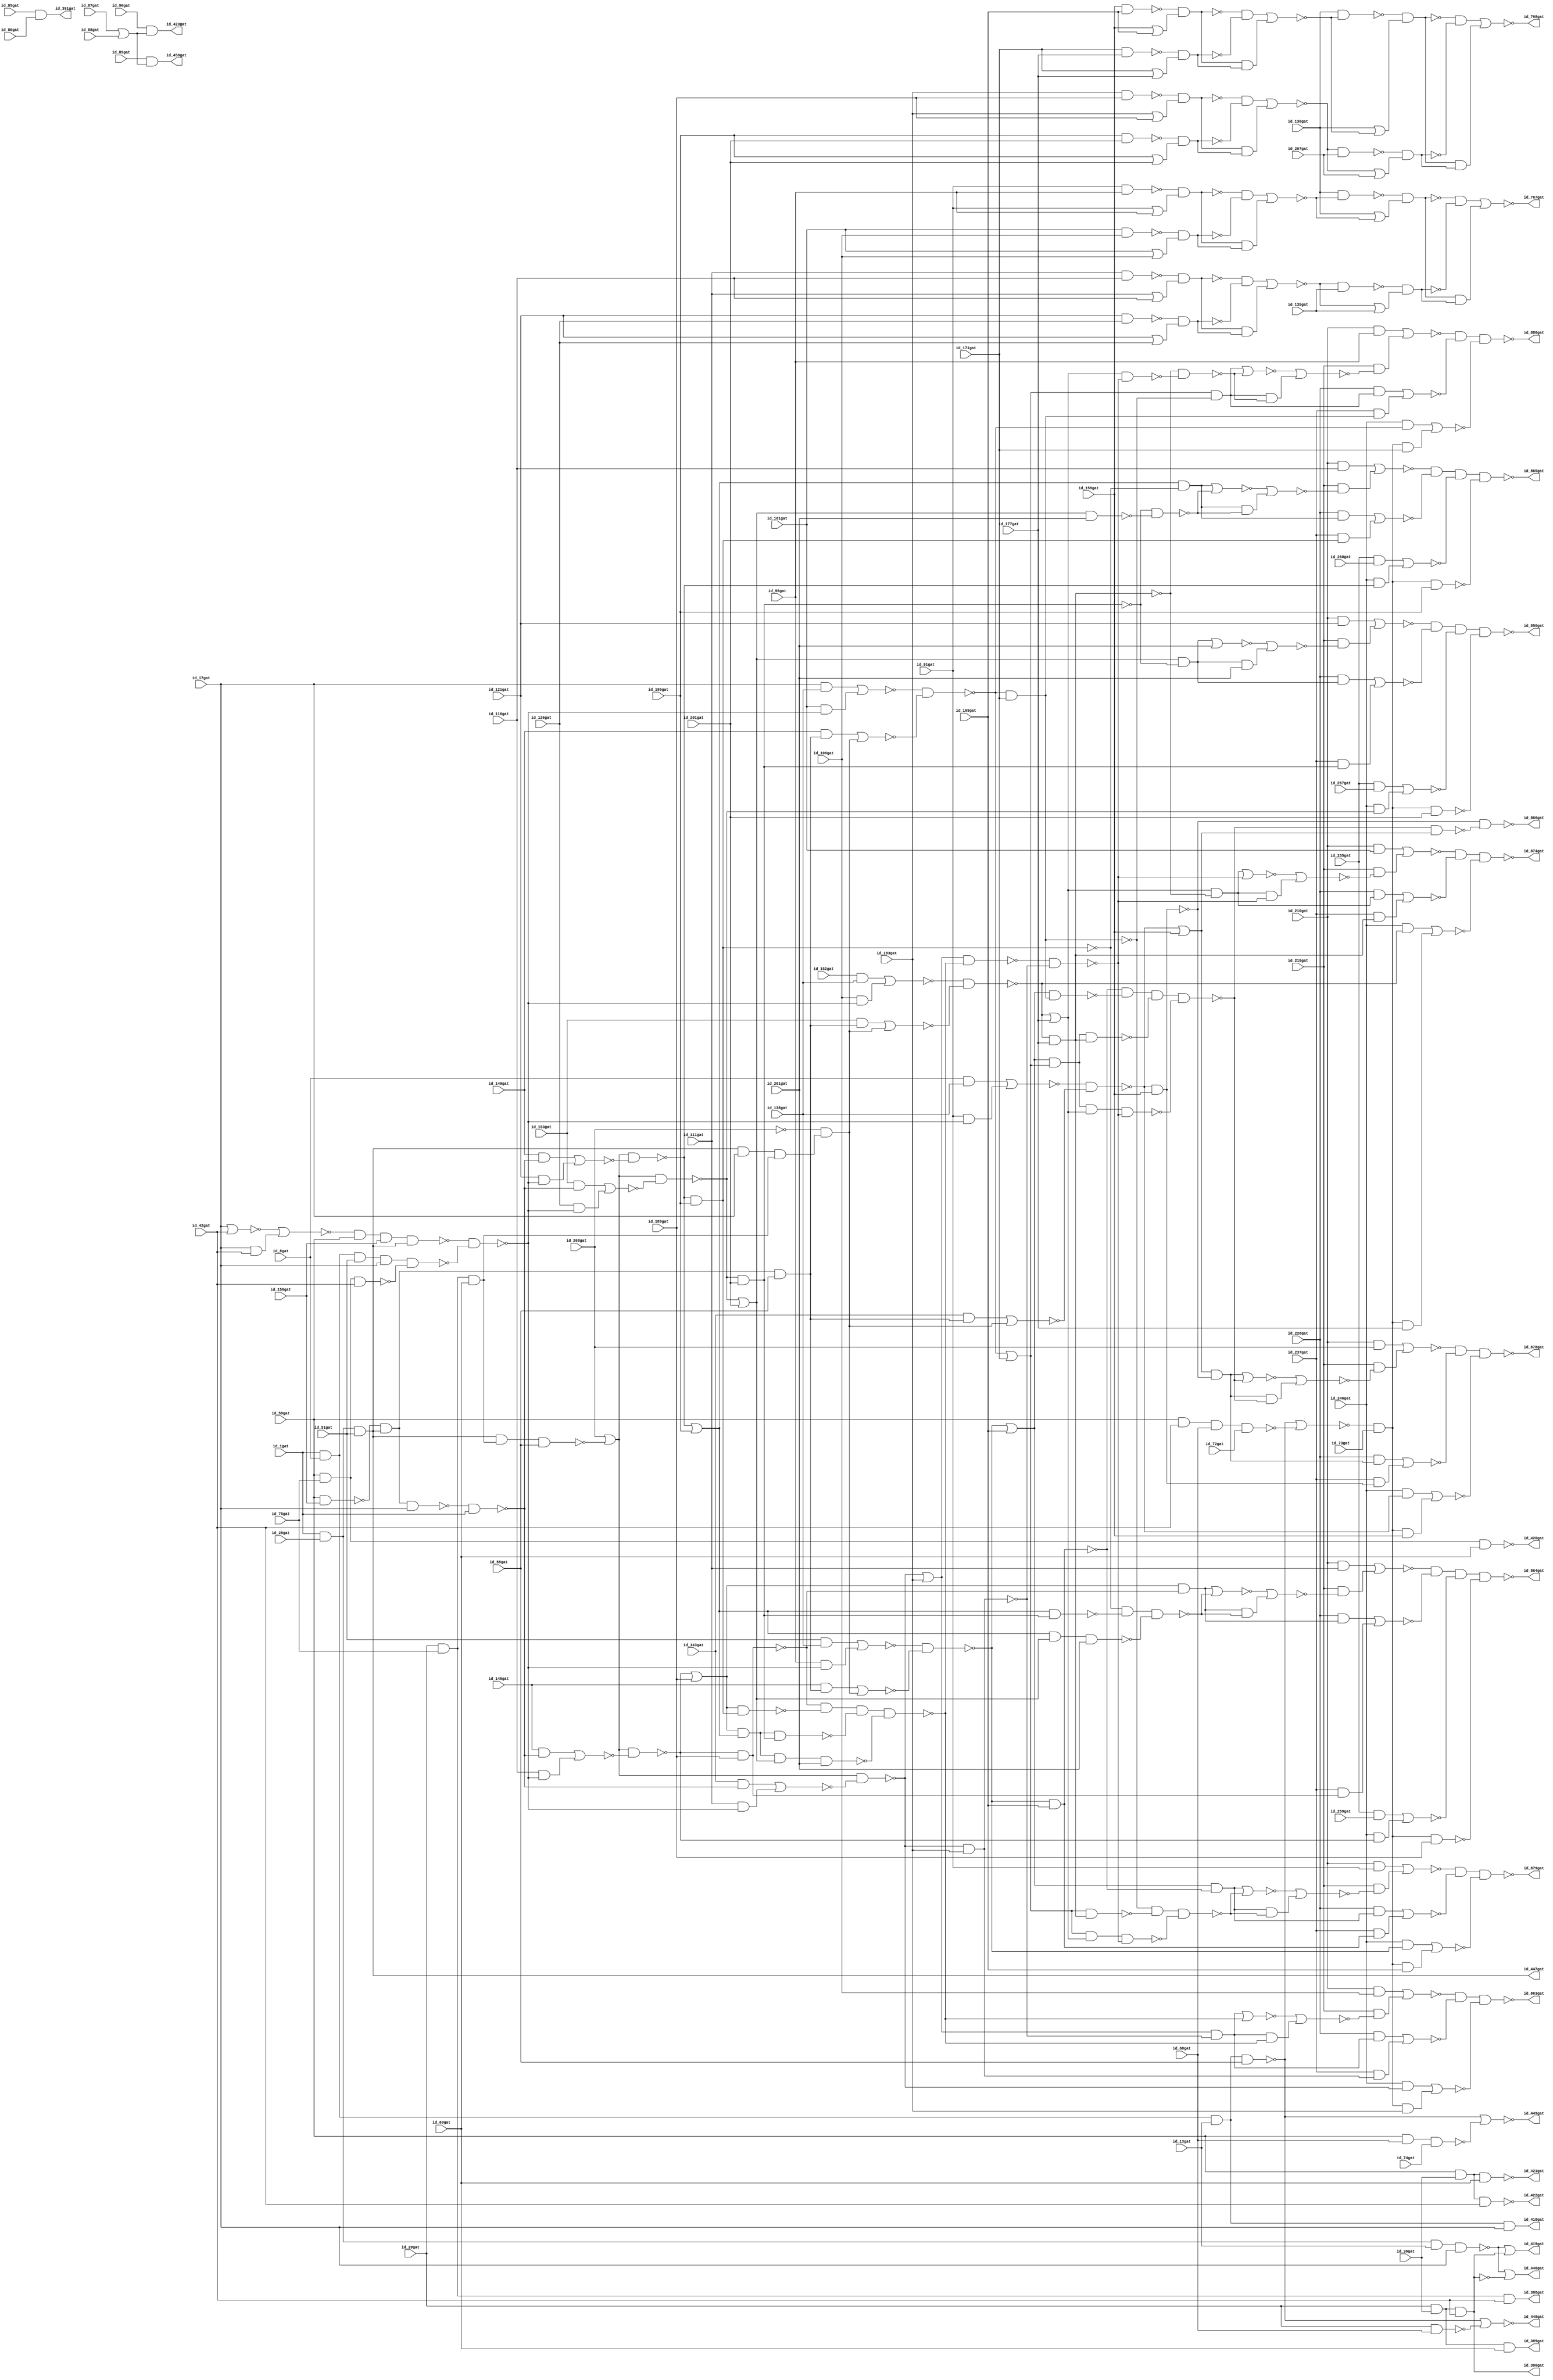
module c880nr 
( id_1gat, id_8gat, id_13gat, id_17gat, id_26gat, id_29gat, id_36gat, id_42gat, id_51gat, id_55gat, id_59gat, id_68gat, id_72gat, id_73gat, id_74gat, id_75gat, id_80gat, id_85gat, id_86gat, id_87gat, id_88gat, id_89gat, id_90gat, id_91gat, id_96gat, id_101gat, id_106gat, id_111gat, id_116gat, id_121gat, id_126gat, id_130gat, id_135gat, id_138gat, id_143gat, id_146gat, id_149gat, id_152gat, id_153gat, id_156gat, id_159gat, id_165gat, id_171gat, id_177gat, id_183gat, id_189gat, id_195gat, id_201gat, id_207gat, id_210gat, id_219gat, id_228gat, id_237gat, id_246gat, id_255gat, id_259gat, id_260gat, id_261gat, id_267gat, id_268gat,
id_388gat, id_389gat, id_390gat, id_391gat, id_418gat, id_419gat, id_420gat, id_421gat, id_422gat, id_423gat, id_446gat, id_447gat, id_448gat, id_449gat, id_450gat, id_767gat, id_768gat, id_850gat, id_863gat, id_864gat, id_865gat, id_866gat, id_874gat, id_878gat, id_879gat, id_880gat
 );

input id_1gat, id_8gat, id_13gat, id_17gat, id_26gat, id_29gat, id_36gat, id_42gat, id_51gat, id_55gat, id_59gat, id_68gat, id_72gat, id_73gat, id_74gat, id_75gat, id_80gat, id_85gat, id_86gat, id_87gat, id_88gat, id_89gat, id_90gat, id_91gat, id_96gat, id_101gat, id_106gat, id_111gat, id_116gat, id_121gat, id_126gat, id_130gat, id_135gat, id_138gat, id_143gat, id_146gat, id_149gat, id_152gat, id_153gat, id_156gat, id_159gat, id_165gat, id_171gat, id_177gat, id_183gat, id_189gat, id_195gat, id_201gat, id_207gat, id_210gat, id_219gat, id_228gat, id_237gat, id_246gat, id_255gat, id_259gat, id_260gat, id_261gat, id_267gat, id_268gat;

output id_388gat, id_389gat, id_390gat, id_391gat, id_418gat, id_419gat, id_420gat, id_421gat, id_422gat, id_423gat, id_446gat, id_447gat, id_448gat, id_449gat, id_450gat, id_767gat, id_768gat, id_850gat, id_863gat, id_864gat, id_865gat, id_866gat, id_874gat, id_878gat, id_879gat, id_880gat;

nand( id_269gat, id_1gat, id_8gat, id_13gat, id_17gat) ;
nand( id_270gat, id_1gat, id_26gat, id_13gat, id_17gat) ;
and( id_273gat, id_29gat, id_36gat, id_42gat) ;
and( id_276gat, id_1gat, id_26gat, id_51gat) ;
nand( id_279gat, id_1gat, id_8gat, id_51gat, id_17gat) ;
nand( id_280gat, id_1gat, id_8gat, id_13gat, id_55gat) ;
nand( id_284gat, id_59gat, id_42gat, id_68gat, id_72gat) ;
nand( id_285gat, id_29gat, id_68gat) ;
nand( id_286gat, id_59gat, id_68gat, id_74gat) ;
and( id_287gat, id_29gat, id_75gat, id_80gat) ;
and( id_290gat, id_29gat, id_75gat, id_42gat) ;
and( id_291gat, id_29gat, id_36gat, id_80gat) ;
and( id_292gat, id_29gat, id_36gat, id_42gat) ;
and( id_293gat, id_59gat, id_75gat, id_80gat) ;
and( id_294gat, id_59gat, id_75gat, id_42gat) ;
and( id_295gat, id_59gat, id_36gat, id_80gat) ;
and( id_296gat, id_59gat, id_36gat, id_42gat) ;
and( id_297gat, id_85gat, id_86gat) ;
or( id_298gat, id_87gat, id_88gat) ;
nand( id_301gat, id_91gat, id_96gat) ;
or( id_302gat, id_91gat, id_96gat) ;
nand( id_303gat, id_101gat, id_106gat) ;
or( id_304gat, id_101gat, id_106gat) ;
nand( id_305gat, id_111gat, id_116gat) ;
or( id_306gat, id_111gat, id_116gat) ;
nand( id_307gat, id_121gat, id_126gat) ;
or( id_308gat, id_121gat, id_126gat) ;
and( id_309gat, id_8gat, id_138gat) ;
not( id_310gat, id_268gat) ;
and( id_316gat, id_51gat, id_138gat) ;
and( id_317gat, id_17gat, id_138gat) ;
and( id_318gat, id_152gat, id_138gat) ;
nand( id_319gat, id_59gat, id_156gat) ;
nor( id_322gat, id_17gat, id_42gat) ;
and( id_323gat, id_17gat, id_42gat) ;
nand( id_324gat, id_159gat, id_165gat) ;
or( id_325gat, id_159gat, id_165gat) ;
nand( id_326gat, id_171gat, id_177gat) ;
or( id_327gat, id_171gat, id_177gat) ;
nand( id_328gat, id_183gat, id_189gat) ;
or( id_329gat, id_183gat, id_189gat) ;
nand( id_330gat, id_195gat, id_201gat) ;
or( id_331gat, id_195gat, id_201gat) ;
and( id_332gat, id_210gat, id_91gat) ;
and( id_333gat, id_210gat, id_96gat) ;
and( id_334gat, id_210gat, id_101gat) ;
and( id_335gat, id_210gat, id_106gat) ;
and( id_336gat, id_210gat, id_111gat) ;
and( id_337gat, id_255gat, id_259gat) ;
and( id_338gat, id_210gat, id_116gat) ;
and( id_339gat, id_255gat, id_260gat) ;
and( id_340gat, id_210gat, id_121gat) ;
and( id_341gat, id_255gat, id_267gat) ;
not( id_342gat, id_269gat) ;
not( id_343gat, id_273gat) ;
or( id_344gat, id_270gat, id_273gat) ;
not( id_345gat, id_276gat) ;
not( id_346gat, id_276gat) ;
not( id_347gat, id_279gat) ;
nor( id_348gat, id_280gat, id_284gat) ;
or( id_349gat, id_280gat, id_285gat) ;
or( id_350gat, id_280gat, id_286gat) ;
not( id_351gat, id_293gat) ;
not( id_352gat, id_294gat) ;
not( id_353gat, id_295gat) ;
not( id_354gat, id_296gat) ;
nand( id_355gat, id_89gat, id_298gat) ;
and( id_356gat, id_90gat, id_298gat) ;
nand( id_357gat, id_301gat, id_302gat) ;
nand( id_360gat, id_303gat, id_304gat) ;
nand( id_363gat, id_305gat, id_306gat) ;
nand( id_366gat, id_307gat, id_308gat) ;
not( id_369gat, id_310gat) ;
nor( id_375gat, id_322gat, id_323gat) ;
nand( id_376gat, id_324gat, id_325gat) ;
nand( id_379gat, id_326gat, id_327gat) ;
nand( id_382gat, id_328gat, id_329gat) ;
nand( id_385gat, id_330gat, id_331gat) ;
buf( id_388gat, id_290gat) ;
buf( id_389gat, id_291gat) ;
buf( id_390gat, id_292gat) ;
buf( id_391gat, id_297gat) ;
or( id_392gat, id_270gat, id_343gat) ;
not( id_393gat, id_345gat) ;
not( id_399gat, id_346gat) ;
and( id_400gat, id_348gat, id_73gat) ;
not( id_401gat, id_349gat) ;
not( id_402gat, id_350gat) ;
not( id_403gat, id_355gat) ;
not( id_404gat, id_357gat) ;
not( id_405gat, id_360gat) ;
and( id_406gat, id_357gat, id_360gat) ;
not( id_407gat, id_363gat) ;
not( id_408gat, id_366gat) ;
and( id_409gat, id_363gat, id_366gat) ;
nand( id_410gat, id_347gat, id_352gat) ;
not( id_411gat, id_376gat) ;
not( id_412gat, id_379gat) ;
and( id_413gat, id_376gat, id_379gat) ;
not( id_414gat, id_382gat) ;
not( id_415gat, id_385gat) ;
and( id_416gat, id_382gat, id_385gat) ;
and( id_417gat, id_210gat, id_369gat) ;
buf( id_418gat, id_342gat) ;
buf( id_419gat, id_344gat) ;
buf( id_420gat, id_351gat) ;
buf( id_421gat, id_353gat) ;
buf( id_422gat, id_354gat) ;
buf( id_423gat, id_356gat) ;
not( id_424gat, id_400gat) ;
and( id_425gat, id_404gat, id_405gat) ;
and( id_426gat, id_407gat, id_408gat) ;
and( id_427gat, id_319gat, id_393gat, id_55gat) ;
and( id_432gat, id_393gat, id_17gat, id_287gat) ;
nand( id_437gat, id_393gat, id_287gat, id_55gat) ;
nand( id_442gat, id_375gat, id_59gat, id_156gat, id_393gat) ;
nand( id_443gat, id_393gat, id_319gat, id_17gat) ;
and( id_444gat, id_411gat, id_412gat) ;
and( id_445gat, id_414gat, id_415gat) ;
buf( id_446gat, id_392gat) ;
buf( id_447gat, id_399gat) ;
buf( id_448gat, id_401gat) ;
buf( id_449gat, id_402gat) ;
buf( id_450gat, id_403gat) ;
not( id_451gat, id_424gat) ;
nor( id_460gat, id_406gat, id_425gat) ;
nor( id_463gat, id_409gat, id_426gat) ;
nand( id_466gat, id_442gat, id_410gat) ;
and( id_475gat, id_143gat, id_427gat) ;
and( id_476gat, id_310gat, id_432gat) ;
and( id_477gat, id_146gat, id_427gat) ;
and( id_478gat, id_310gat, id_432gat) ;
and( id_479gat, id_149gat, id_427gat) ;
and( id_480gat, id_310gat, id_432gat) ;
and( id_481gat, id_153gat, id_427gat) ;
and( id_482gat, id_310gat, id_432gat) ;
nand( id_483gat, id_443gat, id_1gat) ;
or( id_488gat, id_369gat, id_437gat) ;
or( id_489gat, id_369gat, id_437gat) ;
or( id_490gat, id_369gat, id_437gat) ;
or( id_491gat, id_369gat, id_437gat) ;
nor( id_492gat, id_413gat, id_444gat) ;
nor( id_495gat, id_416gat, id_445gat) ;
nand( id_498gat, id_130gat, id_460gat) ;
or( id_499gat, id_130gat, id_460gat) ;
nand( id_500gat, id_463gat, id_135gat) ;
or( id_501gat, id_463gat, id_135gat) ;
and( id_502gat, id_91gat, id_466gat) ;
nor( id_503gat, id_475gat, id_476gat) ;
and( id_504gat, id_96gat, id_466gat) ;
nor( id_505gat, id_477gat, id_478gat) ;
and( id_506gat, id_101gat, id_466gat) ;
nor( id_507gat, id_479gat, id_480gat) ;
and( id_508gat, id_106gat, id_466gat) ;
nor( id_509gat, id_481gat, id_482gat) ;
and( id_510gat, id_143gat, id_483gat) ;
and( id_511gat, id_111gat, id_466gat) ;
and( id_512gat, id_146gat, id_483gat) ;
and( id_513gat, id_116gat, id_466gat) ;
and( id_514gat, id_149gat, id_483gat) ;
and( id_515gat, id_121gat, id_466gat) ;
and( id_516gat, id_153gat, id_483gat) ;
and( id_517gat, id_126gat, id_466gat) ;
nand( id_518gat, id_130gat, id_492gat) ;
or( id_519gat, id_130gat, id_492gat) ;
nand( id_520gat, id_495gat, id_207gat) ;
or( id_521gat, id_495gat, id_207gat) ;
and( id_522gat, id_451gat, id_159gat) ;
and( id_523gat, id_451gat, id_165gat) ;
and( id_524gat, id_451gat, id_171gat) ;
and( id_525gat, id_451gat, id_177gat) ;
and( id_526gat, id_451gat, id_183gat) ;
nand( id_527gat, id_451gat, id_189gat) ;
nand( id_528gat, id_451gat, id_195gat) ;
nand( id_529gat, id_451gat, id_201gat) ;
nand( id_530gat, id_498gat, id_499gat) ;
nand( id_533gat, id_500gat, id_501gat) ;
nor( id_536gat, id_309gat, id_502gat) ;
nor( id_537gat, id_316gat, id_504gat) ;
nor( id_538gat, id_317gat, id_506gat) ;
nor( id_539gat, id_318gat, id_508gat) ;
nor( id_540gat, id_510gat, id_511gat) ;
nor( id_541gat, id_512gat, id_513gat) ;
nor( id_542gat, id_514gat, id_515gat) ;
nor( id_543gat, id_516gat, id_517gat) ;
nand( id_544gat, id_518gat, id_519gat) ;
nand( id_547gat, id_520gat, id_521gat) ;
not( id_550gat, id_530gat) ;
not( id_551gat, id_533gat) ;
and( id_552gat, id_530gat, id_533gat) ;
nand( id_553gat, id_536gat, id_503gat) ;
nand( id_557gat, id_537gat, id_505gat) ;
nand( id_561gat, id_538gat, id_507gat) ;
nand( id_565gat, id_539gat, id_509gat) ;
nand( id_569gat, id_488gat, id_540gat) ;
nand( id_573gat, id_489gat, id_541gat) ;
nand( id_577gat, id_490gat, id_542gat) ;
nand( id_581gat, id_491gat, id_543gat) ;
not( id_585gat, id_544gat) ;
not( id_586gat, id_547gat) ;
and( id_587gat, id_544gat, id_547gat) ;
and( id_588gat, id_550gat, id_551gat) ;
and( id_589gat, id_585gat, id_586gat) ;
nand( id_590gat, id_553gat, id_159gat) ;
or( id_593gat, id_553gat, id_159gat) ;
and( id_596gat, id_246gat, id_553gat) ;
nand( id_597gat, id_557gat, id_165gat) ;
or( id_600gat, id_557gat, id_165gat) ;
and( id_605gat, id_246gat, id_557gat) ;
nand( id_606gat, id_561gat, id_171gat) ;
or( id_609gat, id_561gat, id_171gat) ;
and( id_615gat, id_246gat, id_561gat) ;
nand( id_616gat, id_565gat, id_177gat) ;
or( id_619gat, id_565gat, id_177gat) ;
and( id_624gat, id_246gat, id_565gat) ;
nand( id_625gat, id_569gat, id_183gat) ;
or( id_628gat, id_569gat, id_183gat) ;
and( id_631gat, id_246gat, id_569gat) ;
nand( id_632gat, id_573gat, id_189gat) ;
or( id_635gat, id_573gat, id_189gat) ;
and( id_640gat, id_246gat, id_573gat) ;
nand( id_641gat, id_577gat, id_195gat) ;
or( id_644gat, id_577gat, id_195gat) ;
and( id_650gat, id_246gat, id_577gat) ;
nand( id_651gat, id_581gat, id_201gat) ;
or( id_654gat, id_581gat, id_201gat) ;
and( id_659gat, id_246gat, id_581gat) ;
nor( id_660gat, id_552gat, id_588gat) ;
nor( id_661gat, id_587gat, id_589gat) ;
not( id_662gat, id_590gat) ;
and( id_665gat, id_593gat, id_590gat) ;
nor( id_669gat, id_596gat, id_522gat) ;
not( id_670gat, id_597gat) ;
and( id_673gat, id_600gat, id_597gat) ;
nor( id_677gat, id_605gat, id_523gat) ;
not( id_678gat, id_606gat) ;
and( id_682gat, id_609gat, id_606gat) ;
nor( id_686gat, id_615gat, id_524gat) ;
not( id_687gat, id_616gat) ;
and( id_692gat, id_619gat, id_616gat) ;
nor( id_696gat, id_624gat, id_525gat) ;
not( id_697gat, id_625gat) ;
and( id_700gat, id_628gat, id_625gat) ;
nor( id_704gat, id_631gat, id_526gat) ;
not( id_705gat, id_632gat) ;
and( id_708gat, id_635gat, id_632gat) ;
nor( id_712gat, id_337gat, id_640gat) ;
not( id_713gat, id_641gat) ;
and( id_717gat, id_644gat, id_641gat) ;
nor( id_721gat, id_339gat, id_650gat) ;
not( id_722gat, id_651gat) ;
and( id_727gat, id_654gat, id_651gat) ;
nor( id_731gat, id_341gat, id_659gat) ;
nand( id_732gat, id_654gat, id_261gat) ;
nand( id_733gat, id_644gat, id_654gat, id_261gat) ;
nand( id_734gat, id_635gat, id_644gat, id_654gat, id_261gat) ;
not( id_735gat, id_662gat) ;
and( id_736gat, id_228gat, id_665gat) ;
and( id_737gat, id_237gat, id_662gat) ;
not( id_738gat, id_670gat) ;
and( id_739gat, id_228gat, id_673gat) ;
and( id_740gat, id_237gat, id_670gat) ;
not( id_741gat, id_678gat) ;
and( id_742gat, id_228gat, id_682gat) ;
and( id_743gat, id_237gat, id_678gat) ;
not( id_744gat, id_687gat) ;
and( id_745gat, id_228gat, id_692gat) ;
and( id_746gat, id_237gat, id_687gat) ;
not( id_747gat, id_697gat) ;
and( id_748gat, id_228gat, id_700gat) ;
and( id_749gat, id_237gat, id_697gat) ;
not( id_750gat, id_705gat) ;
and( id_751gat, id_228gat, id_708gat) ;
and( id_752gat, id_237gat, id_705gat) ;
not( id_753gat, id_713gat) ;
and( id_754gat, id_228gat, id_717gat) ;
and( id_755gat, id_237gat, id_713gat) ;
not( id_756gat, id_722gat) ;
nor( id_757gat, id_727gat, id_261gat) ;
and( id_758gat, id_727gat, id_261gat) ;
and( id_759gat, id_228gat, id_727gat) ;
and( id_760gat, id_237gat, id_722gat) ;
nand( id_761gat, id_644gat, id_722gat) ;
nand( id_762gat, id_635gat, id_713gat) ;
nand( id_763gat, id_635gat, id_644gat, id_722gat) ;
nand( id_764gat, id_609gat, id_687gat) ;
nand( id_765gat, id_600gat, id_678gat) ;
nand( id_766gat, id_600gat, id_609gat, id_687gat) ;
buf( id_767gat, id_660gat) ;
buf( id_768gat, id_661gat) ;
nor( id_769gat, id_736gat, id_737gat) ;
nor( id_770gat, id_739gat, id_740gat) ;
nor( id_771gat, id_742gat, id_743gat) ;
nor( id_772gat, id_745gat, id_746gat) ;
nand( id_773gat, id_750gat, id_762gat, id_763gat, id_734gat) ;
nor( id_777gat, id_748gat, id_749gat) ;
nand( id_778gat, id_753gat, id_761gat, id_733gat) ;
nor( id_781gat, id_751gat, id_752gat) ;
nand( id_782gat, id_756gat, id_732gat) ;
nor( id_785gat, id_754gat, id_755gat) ;
nor( id_786gat, id_757gat, id_758gat) ;
nor( id_787gat, id_759gat, id_760gat) ;
nor( id_788gat, id_700gat, id_773gat) ;
and( id_789gat, id_700gat, id_773gat) ;
nor( id_790gat, id_708gat, id_778gat) ;
and( id_791gat, id_708gat, id_778gat) ;
nor( id_792gat, id_717gat, id_782gat) ;
and( id_793gat, id_717gat, id_782gat) ;
and( id_794gat, id_219gat, id_786gat) ;
nand( id_795gat, id_628gat, id_773gat) ;
nand( id_796gat, id_795gat, id_747gat) ;
nor( id_802gat, id_788gat, id_789gat) ;
nor( id_803gat, id_790gat, id_791gat) ;
nor( id_804gat, id_792gat, id_793gat) ;
nor( id_805gat, id_340gat, id_794gat) ;
nor( id_806gat, id_692gat, id_796gat) ;
and( id_807gat, id_692gat, id_796gat) ;
and( id_808gat, id_219gat, id_802gat) ;
and( id_809gat, id_219gat, id_803gat) ;
and( id_810gat, id_219gat, id_804gat) ;
nand( id_811gat, id_805gat, id_787gat, id_731gat, id_529gat) ;
nand( id_812gat, id_619gat, id_796gat) ;
nand( id_813gat, id_609gat, id_619gat, id_796gat) ;
nand( id_814gat, id_600gat, id_609gat, id_619gat, id_796gat) ;
nand( id_815gat, id_738gat, id_765gat, id_766gat, id_814gat) ;
nand( id_819gat, id_741gat, id_764gat, id_813gat) ;
nand( id_822gat, id_744gat, id_812gat) ;
nor( id_825gat, id_806gat, id_807gat) ;
nor( id_826gat, id_335gat, id_808gat) ;
nor( id_827gat, id_336gat, id_809gat) ;
nor( id_828gat, id_338gat, id_810gat) ;
not( id_829gat, id_811gat) ;
nor( id_830gat, id_665gat, id_815gat) ;
and( id_831gat, id_665gat, id_815gat) ;
nor( id_832gat, id_673gat, id_819gat) ;
and( id_833gat, id_673gat, id_819gat) ;
nor( id_834gat, id_682gat, id_822gat) ;
and( id_835gat, id_682gat, id_822gat) ;
and( id_836gat, id_219gat, id_825gat) ;
nand( id_837gat, id_826gat, id_777gat, id_704gat) ;
nand( id_838gat, id_827gat, id_781gat, id_712gat, id_527gat) ;
nand( id_839gat, id_828gat, id_785gat, id_721gat, id_528gat) ;
not( id_840gat, id_829gat) ;
nand( id_841gat, id_815gat, id_593gat) ;
nor( id_842gat, id_830gat, id_831gat) ;
nor( id_843gat, id_832gat, id_833gat) ;
nor( id_844gat, id_834gat, id_835gat) ;
nor( id_845gat, id_334gat, id_836gat) ;
not( id_846gat, id_837gat) ;
not( id_847gat, id_838gat) ;
not( id_848gat, id_839gat) ;
and( id_849gat, id_735gat, id_841gat) ;
buf( id_850gat, id_840gat) ;
and( id_851gat, id_219gat, id_842gat) ;
and( id_852gat, id_219gat, id_843gat) ;
and( id_853gat, id_219gat, id_844gat) ;
nand( id_854gat, id_845gat, id_772gat, id_696gat) ;
not( id_855gat, id_846gat) ;
not( id_856gat, id_847gat) ;
not( id_857gat, id_848gat) ;
not( id_858gat, id_849gat) ;
nor( id_859gat, id_417gat, id_851gat) ;
nor( id_860gat, id_332gat, id_852gat) ;
nor( id_861gat, id_333gat, id_853gat) ;
not( id_862gat, id_854gat) ;
buf( id_863gat, id_855gat) ;
buf( id_864gat, id_856gat) ;
buf( id_865gat, id_857gat) ;
buf( id_866gat, id_858gat) ;
nand( id_867gat, id_859gat, id_769gat, id_669gat) ;
nand( id_868gat, id_860gat, id_770gat, id_677gat) ;
nand( id_869gat, id_861gat, id_771gat, id_686gat) ;
not( id_870gat, id_862gat) ;
not( id_871gat, id_867gat) ;
not( id_872gat, id_868gat) ;
not( id_873gat, id_869gat) ;
buf( id_874gat, id_870gat) ;
not( id_875gat, id_871gat) ;
not( id_876gat, id_872gat) ;
not( id_877gat, id_873gat) ;
buf( id_878gat, id_875gat) ;
buf( id_879gat, id_876gat) ;
buf( id_880gat, id_877gat) ;

endmodule